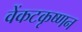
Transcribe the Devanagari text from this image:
वेंकटकृष्णन